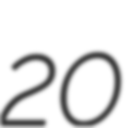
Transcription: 20